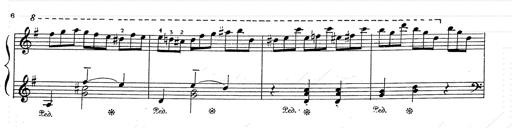
Title: 6 Polish Songs
Composer: Franz Liszt